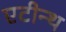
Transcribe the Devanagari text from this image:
एटीन्थ